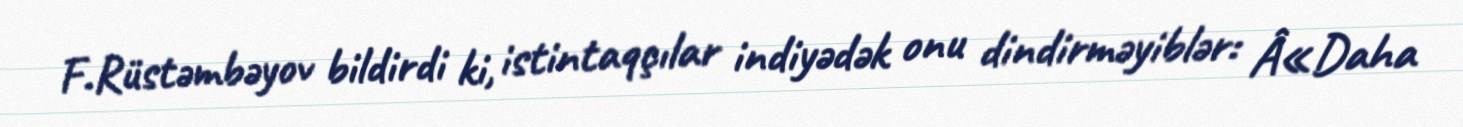
F.Rüstəmbəyov bildirdi ki, istintaqçılar indiyədək onu dindirməyiblər: Â«Daha